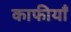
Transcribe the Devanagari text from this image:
काफीयाँ